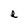
Character: e